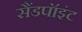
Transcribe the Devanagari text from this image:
सैंडपॉइंट